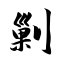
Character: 剿